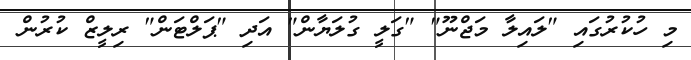
މި ހުކުރުގައި "ލައިލާ މަޖްނޫ" "ގަލީ ގުލަޔާން" އަދި "ޕަލްޓަން" ރިލީޒް ކުރުން